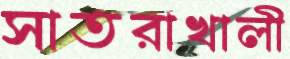
সাতরাখালী